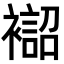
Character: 𧝨